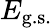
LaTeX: E_{\textrm{g.s.}}